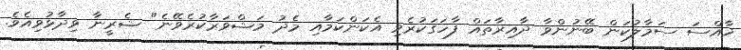
ޚާއްސަ ސަމާލުކަން ބޭނުންވާ ދާއިރާތައް ފާހަގަކުރެވި އެކަންކަމާއި މެދު މަޝްވަރާކުރެވޭނެ" ޝެރީނާ ވިދާޅުވިއެވެ.